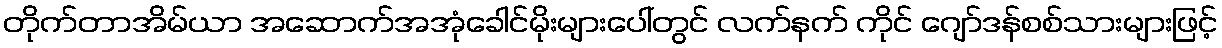
တိုက်တာအိမ်ယာ အဆောက်အအုံခေါင်မိုးများပေါ်တွင် လက်နက် ကိုင် ဂျော်ဒန်စစ်သားများဖြင့်